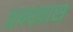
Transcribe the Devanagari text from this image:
तन्खास